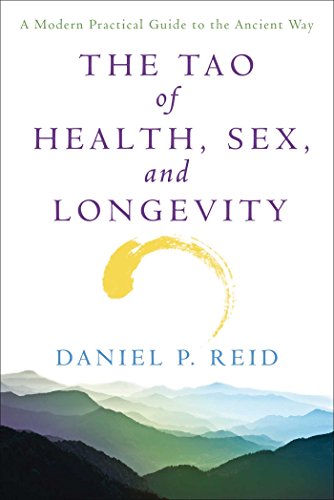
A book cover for The Tao of Health, Sex, and Longevity: A Modern Practical Guide to the Ancient Way; Daniel Reid; Religion & Spirituality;